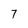
Character: 7